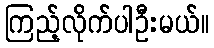
ကြည့်လိုက်ပါဦးမယ်။